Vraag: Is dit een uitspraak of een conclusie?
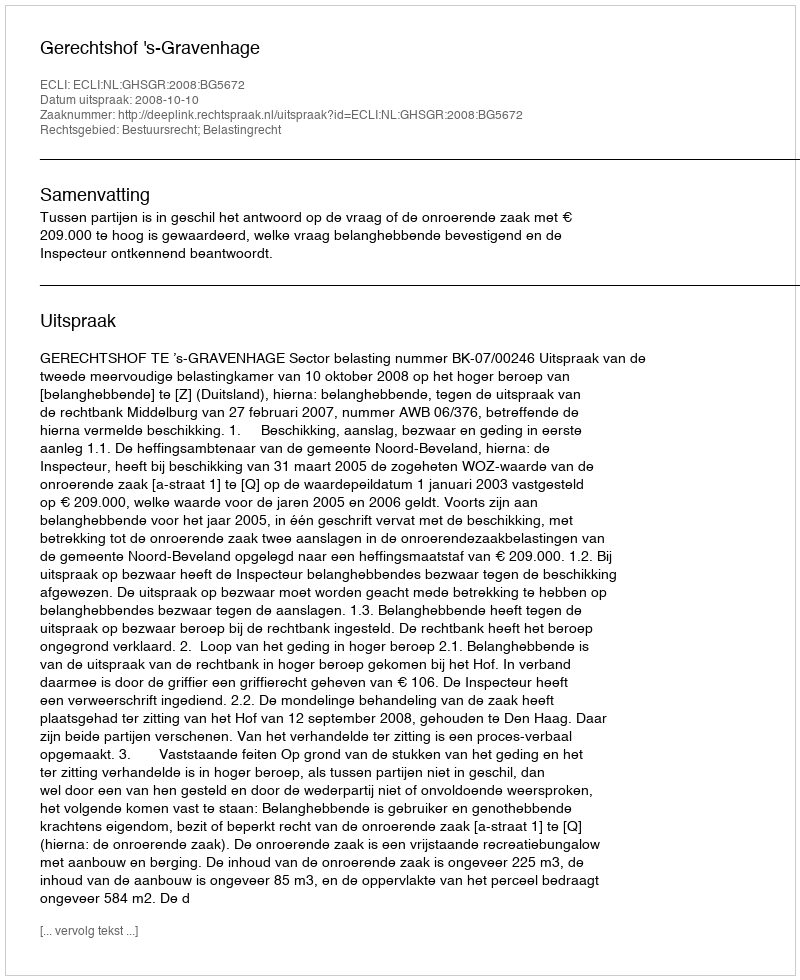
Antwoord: Uitspraak